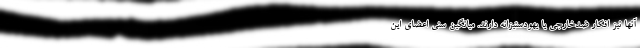
آنها نیز افکار ضدخارجی یا یهودستیزانه دارند. میانگین سنی اعضای این